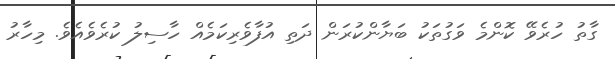
ގާތު ހުރެވޭ ކޮންމެ ވަގުތަކު ބަޔާންކުރަން ދަތިި އުފާވެރިކަމެއް ހާސިލު ކުރެވެއެވެ. މިހާރު